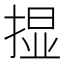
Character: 𱠚